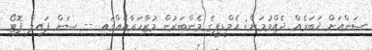
ސަންއަށް ޚަބަރެއް ދެއްވުމަށް: އެމްޑީޕީގެ މެންބަރުން މުޒާހަރާއެއްގައި -- ސަން ފައިލް ފޮޓޯ